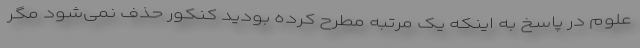
علوم در پاسخ به اینکه یک مرتبه مطرح کرده بودید کنکور حذف نمی‌شود مگر